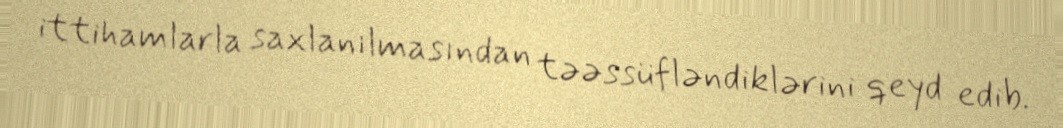
ittihamlarla saxlanılmasından təəssüfləndiklərini qeyd edib.